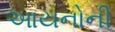
આયનોની